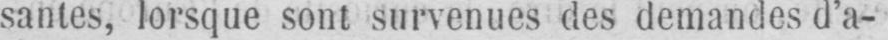
santes, lorsque sont survenues des demandes d’a-